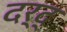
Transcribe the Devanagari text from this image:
दर्द्